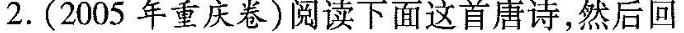
2.(2005年重庆卷)阅读下面这首唐诗，然后回